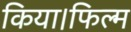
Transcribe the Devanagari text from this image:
किया।फिल्म